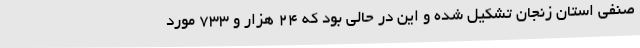
صنفی استان زنجان تشکیل شده و این در حالی بود که 24 هزار و 733 مورد